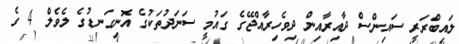
ލައިބްރަރީ ސައިންސް ދާއިރާއިން ދިވެހިރާއްޖޭގެ ގައުމީ ސަނަދުތަކުގެ އޮނިގަނޑުގެ ލެވެލް 4 ގެ